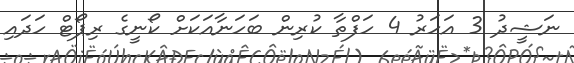
ނަޝީދު 3 އަހަރު 4 ހަފްތާ ކުރިން ބަހަނާއަކަށް ކޯނީގެ ރިޕޯޓް ހަދައި